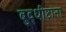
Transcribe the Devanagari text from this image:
बुद्धीष्टाना